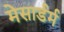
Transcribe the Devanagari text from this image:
मेसार्डर्म